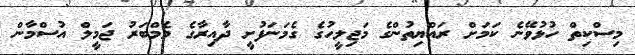
މިސްކިތް ހުޅުވޭނެ ކަމަށް ރައްޔިތުންގެ މަޖިލީހުގެ ގެމަނަފުށީ ދާއިރާގެ މެމްބަރު ޖަމީލް އުސްމާން